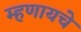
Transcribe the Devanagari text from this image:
म्‍हणायचे